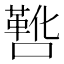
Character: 𫫸